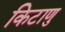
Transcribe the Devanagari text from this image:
किटाणु